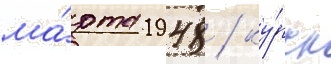
ма́рта 1948 / ку́рск